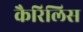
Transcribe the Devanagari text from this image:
कैरिलिस